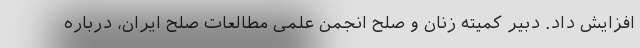
افزایش داد. دبیر کمیته زنان و صلح انجمن علمی مطالعات صلح ایران، درباره